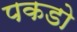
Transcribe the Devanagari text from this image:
पकडो